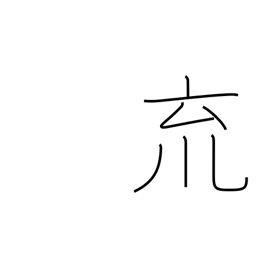
Meaning: a cup with pendants